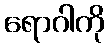
ရောဂါကို